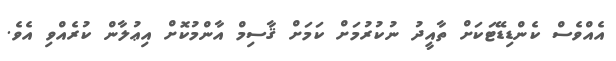
އެއްވެސް ކެންޑިޑޭޓަކަށް ތާއީދު ނުކުރުމަށް ކަމަށް ޤާސިމް އާންމުކޮށް އިޢުލާން ކުރެއްވި އެވެ.